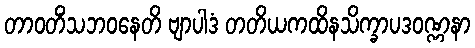
တာဝတိံသဘဝနေတိ ဗျာပါဒံ တတိယကထိနသိက္ခာပဒဝဏ္ဏနာ